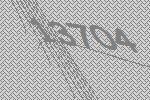
13704